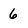
Character: 6